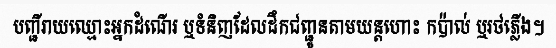
បញ្ជីរាយឈ្មោះអ្នកដំណើរ ឬទំនិញដែលដឹកជញ្ជូនតាមយន្តហោះ កប៉ាល់ ឬរថភ្លើង។